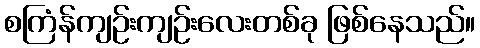
စကြံန်ကျဉ်းကျဉ်းလေးတစ်ခု ဖြစ်နေသည်။